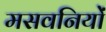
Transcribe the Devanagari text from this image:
मसवनियों